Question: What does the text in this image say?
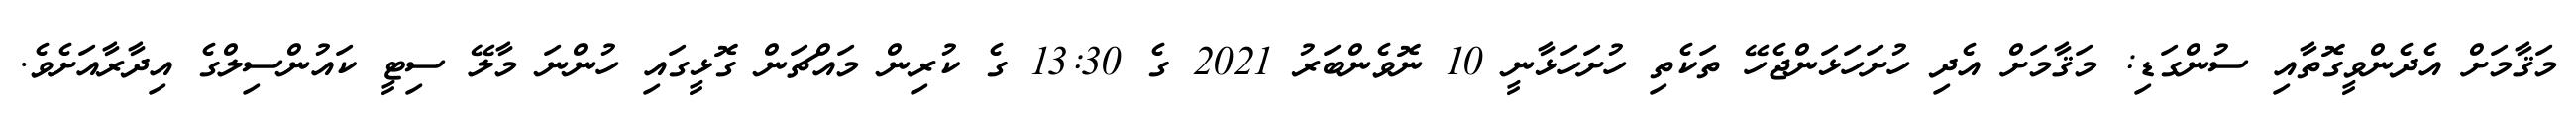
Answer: މަޤާމަށް އެދެންވީގޮތާއި ސުންގަޑި: މަޤާމަށް އެދި ހުށަހަޅަންޖެހޭ ތަކެތި ހުށަހަޅާނީ 10 ނޮވެންބަރު 2021 ގެ 13:30 ގެ ކުރިން މައްޗަން ގޮޅީގައި ހުންނަ މާލޭ ސިޓީ ކައުންސިލްގެ އިދާރާއަށެވެ.